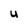
Character: U